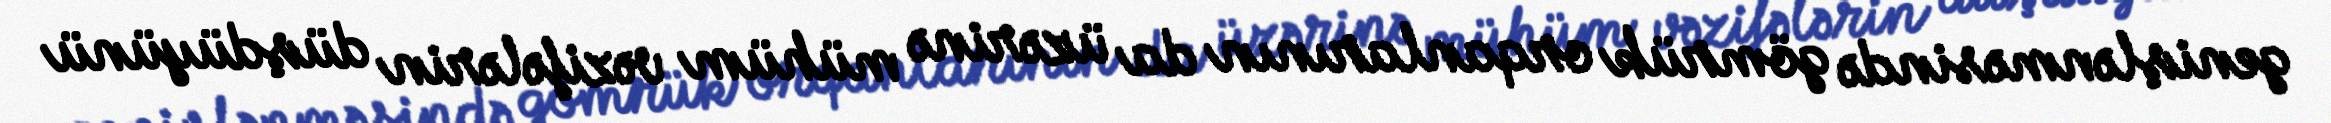
genişlənməsində gömrük orqanlarının da üzərinə mühüm vəzifələrin düşdüyünü